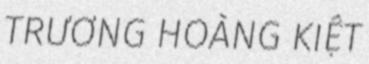
TRƯƠNG HOÀNG KIỆT